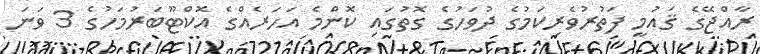
ރާއްޖޭގެ ޤައުމީ ފަތުރުވެރިކަމުގެ ދުވަހުގެ ގޮތުގައި ކޮންމެ އަހަރެއްގެ އޮކްޓޫބަރުމަހުގެ 3 ވަނަ